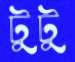
টুটু